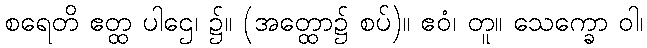
စရေတိ ဧတ္ထ ပါဌေ၊ ၌။ (အတ္ထော၌ စပ်)။ ဧဝံ၊ တူ။ သေက္ခော ဝါ၊